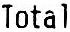
TOTAL